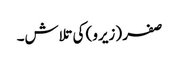
صفر (زیرو) کی تلاش۔